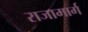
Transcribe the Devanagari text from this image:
राजामार्ग